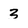
Character: 3